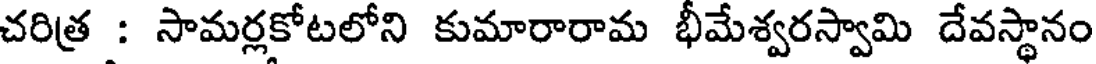
చరిత్ర : సామర్లకోటలోని కుమారారామ భీమేశ్వరస్వామి దేవస్థానం